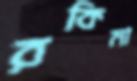
রকিমা